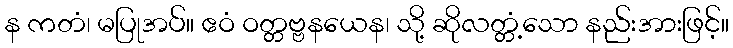
န ကတံ၊ မပြုအပ်။ ဧဝံ ဝတ္တဗ္ဗနယေန၊ သို့ ဆိုလတ္တံ့သော နည်းအားဖြင့်။